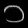
Digit: ၁